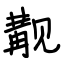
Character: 觏